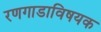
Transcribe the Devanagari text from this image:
रणगाडाविषयक